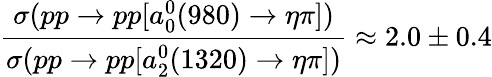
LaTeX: \frac{\sigma(pp\rightarrow pp[a_{0}^{0}(980)\rightarrow\eta\pi])}{\sigma(pp\rightarrow pp[a_{2}^{0}(1320)\rightarrow\eta\pi])}\approx 2.0\pm 0.4